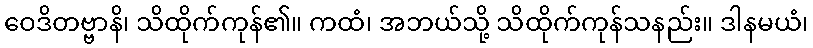
ဝေဒိတဗ္ဗာနိ၊ သိထိုက်ကုန်၏။ ကထံ၊ အဘယ်သို့ သိထိုက်ကုန်သနည်း။ ဒါနမယံ၊